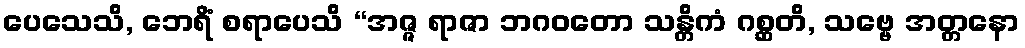
ပေသေသိ, ဘေရိံ စရာပေသိ “အဇ္ဇ ရာဇာ ဘဂဝတော သန္တိကံ ဂစ္ဆတိ, သဗ္ဗေ အတ္တနော